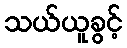
သယ်ယူခွင့်